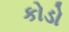
કોડો